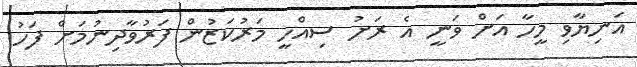
އަނިޔާވި މީހާ އަށް ވަނީ އެ ރަށު ސިއްހީ މަރުކަޒުން ފަރުވާދިނުމަށް ފަހު